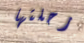
رحلتها